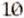
10